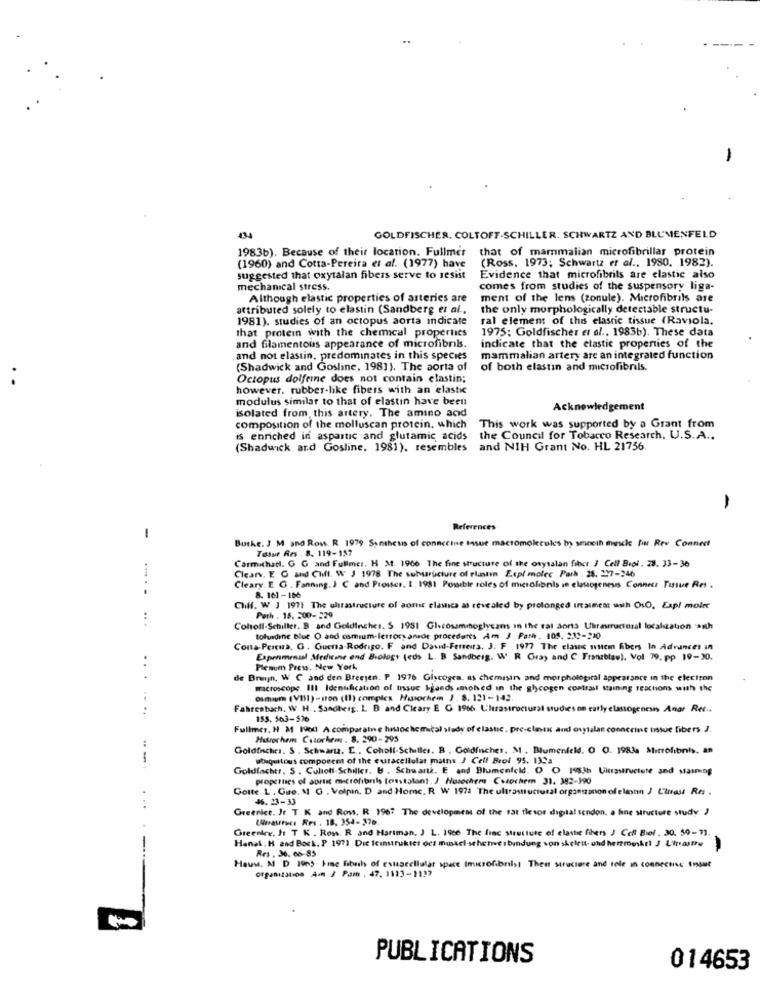
-
435
GOLDFISCHER, COLTOFF-SCHILLER. SCHWARTZ AND BLUMENFELD
1983b). Because of their location. Fullmer that of mammalian microfibrillar protein
(Ross, 1973; Schwartz et al ., 1980. 1982).
(1960) and Cotta-Pereira et al. (1977) have
suggested that oxytalan fibers serve to resist
Evidence that microfibrils are elastic also
mechanical stress.
comes from studies of the suspensory liga-
Although elastic properties of arteries are
ment of the lens (zonule). Microfibrils are
attributed solely to elastin (Sandberg et al.
the only morphologically detectable structu-
1981). studies of an octopus aorta indicate
ral element of this elastic tissue (Raviola,
that protein with the chemical properties
1975: Goldfischer et al ., 1983b). These data
indicate that the elastic properties of the
and filamentous appearance of microfibnbs.
and not elastin, predominates in this species
mammalian artery are an integrated function
(Shadwick and Gosline. 198]). The aorta of
of both elastin and microfibrals.
..
Octopus dolfeine does not contain elastin;
however. rubber-like fibers with an elastic
modulus similar to that of elastin have been
Acknowledgement
isolated from this artery. The amino acid
composition of the molluscan protein, which This work was supported by a Grant from
is enriched in aspartic and glutamic acids
the Council for Tobacco Research, U.S.A ..
(Shadwick ard Gosline. 1981), resembles and NIH Grant No. HL 21756
-
References
-
Buthe. J M and Ross. R 1979 Santheus of connccine tasue mactomolecules by smooth muscle bu Rev Connect
Talut Res . 8. 119-157
Carmichael. G G and Fullmer. H M. 1966 The fine structure of the osytalan fibct / Cell Biol . 28. 33-36
Clearv. E O and Chiff. W J 1978 The suburucture of plantin Expl molec Parh . 28. 227-246
Cleary. E G . Fanning. J C and Proses, I 1981 Possible roles of microlionis in elouogenesis Connect Tissue Res.
8. 161-166
..... .
Chiff. W J 1971 The ultrastructure of aort elamica as revealed by prolonged intaiment uwh OsO, Expl moler
:
Perh . 15. 200-229
Coltoll-Schiller. B and Goldinches. S 1951 Glicosemmoglycans in the rat dorts Uhraurucasal localization with
tolundine blue O and osmium-ferrocyanide procedatts Am J Pathe. 108. 232-210
Conta-Perua. G. Guena-Rodrigo. F and David-Ferreira. J. F 1977 The clasic sistem fibers In Advances in
Experimental Medicine end Biology (eds L. B Sandberg. W R Gra) and C Tranzblau). Vol 79, pp 19-30.
Plenum Press. New York
...
de Bruyn, W C and den Breejen. P 1976 Glycogen. Is chemisin and morphological appearance in the electron
macroscope III Identification of Insue Igaeds amohed in the glycogen contrast Maining reschons with the
osmium (VII)-Iron (Il) complex Husochem J. 8. 121-143.
Fahrenbach. W H .. Sandberg. L. B and Cleary E G 1966 U'israstructural studies on early elastogenesns Anar Rec ..
.....
153. 563-516
Fullmer, H M1 1900 A comparaine histochemical study of clastic. pre-clasex and oxytalan connccint insue fibers J.
Husrochem Cszorhem . 8. 290-295
Goldinches. S . Schwarta. E ., Coholl-Schiller. B . Godinches. M . Blumenfeld. O O. 1983 Microlibris, a9
-
ubiquitous component of the curacellular mains J Cell Brol 95. 132a
Goldlachtr. 5 . Coliot-Schiller. U . Schwartk. E and Blumenfeld. O O 1983b Ukurastructure and stamming
propetuses of apris microfibrils [osstalant. J Hosochem Cytochem 31. 382-390
Gotte. L. Gute. M. G . Velpan, D and Home. R W 1971 The ultrastructural orgzeszanon of eleonn / Lluest Res .
46. 23-33
Greenice. It T K and Row. R 1967 The development of the sat flesor digital tendon. a fine structure study )
Lastres Res . 18. 354-376
Greentre, It T K . Rows. R and Hariman. J. L. 1900 The fine structure of elastic fibers J Colt Biel . 30, 50-71.
Hanal. H and Bock. P 1971 Die fcinstruktet des muskel-sehetverbindung von skelett- und hermeskri J Uhrasttu
-
Res . 36. 66-85
Haus. M D 1905 Fme fibuils of estascellular space Imicrofibrilst Then structure and role in connects tnout
organization Acm / Pam . 47. 1113-1199
PUBLICATIONS
014653